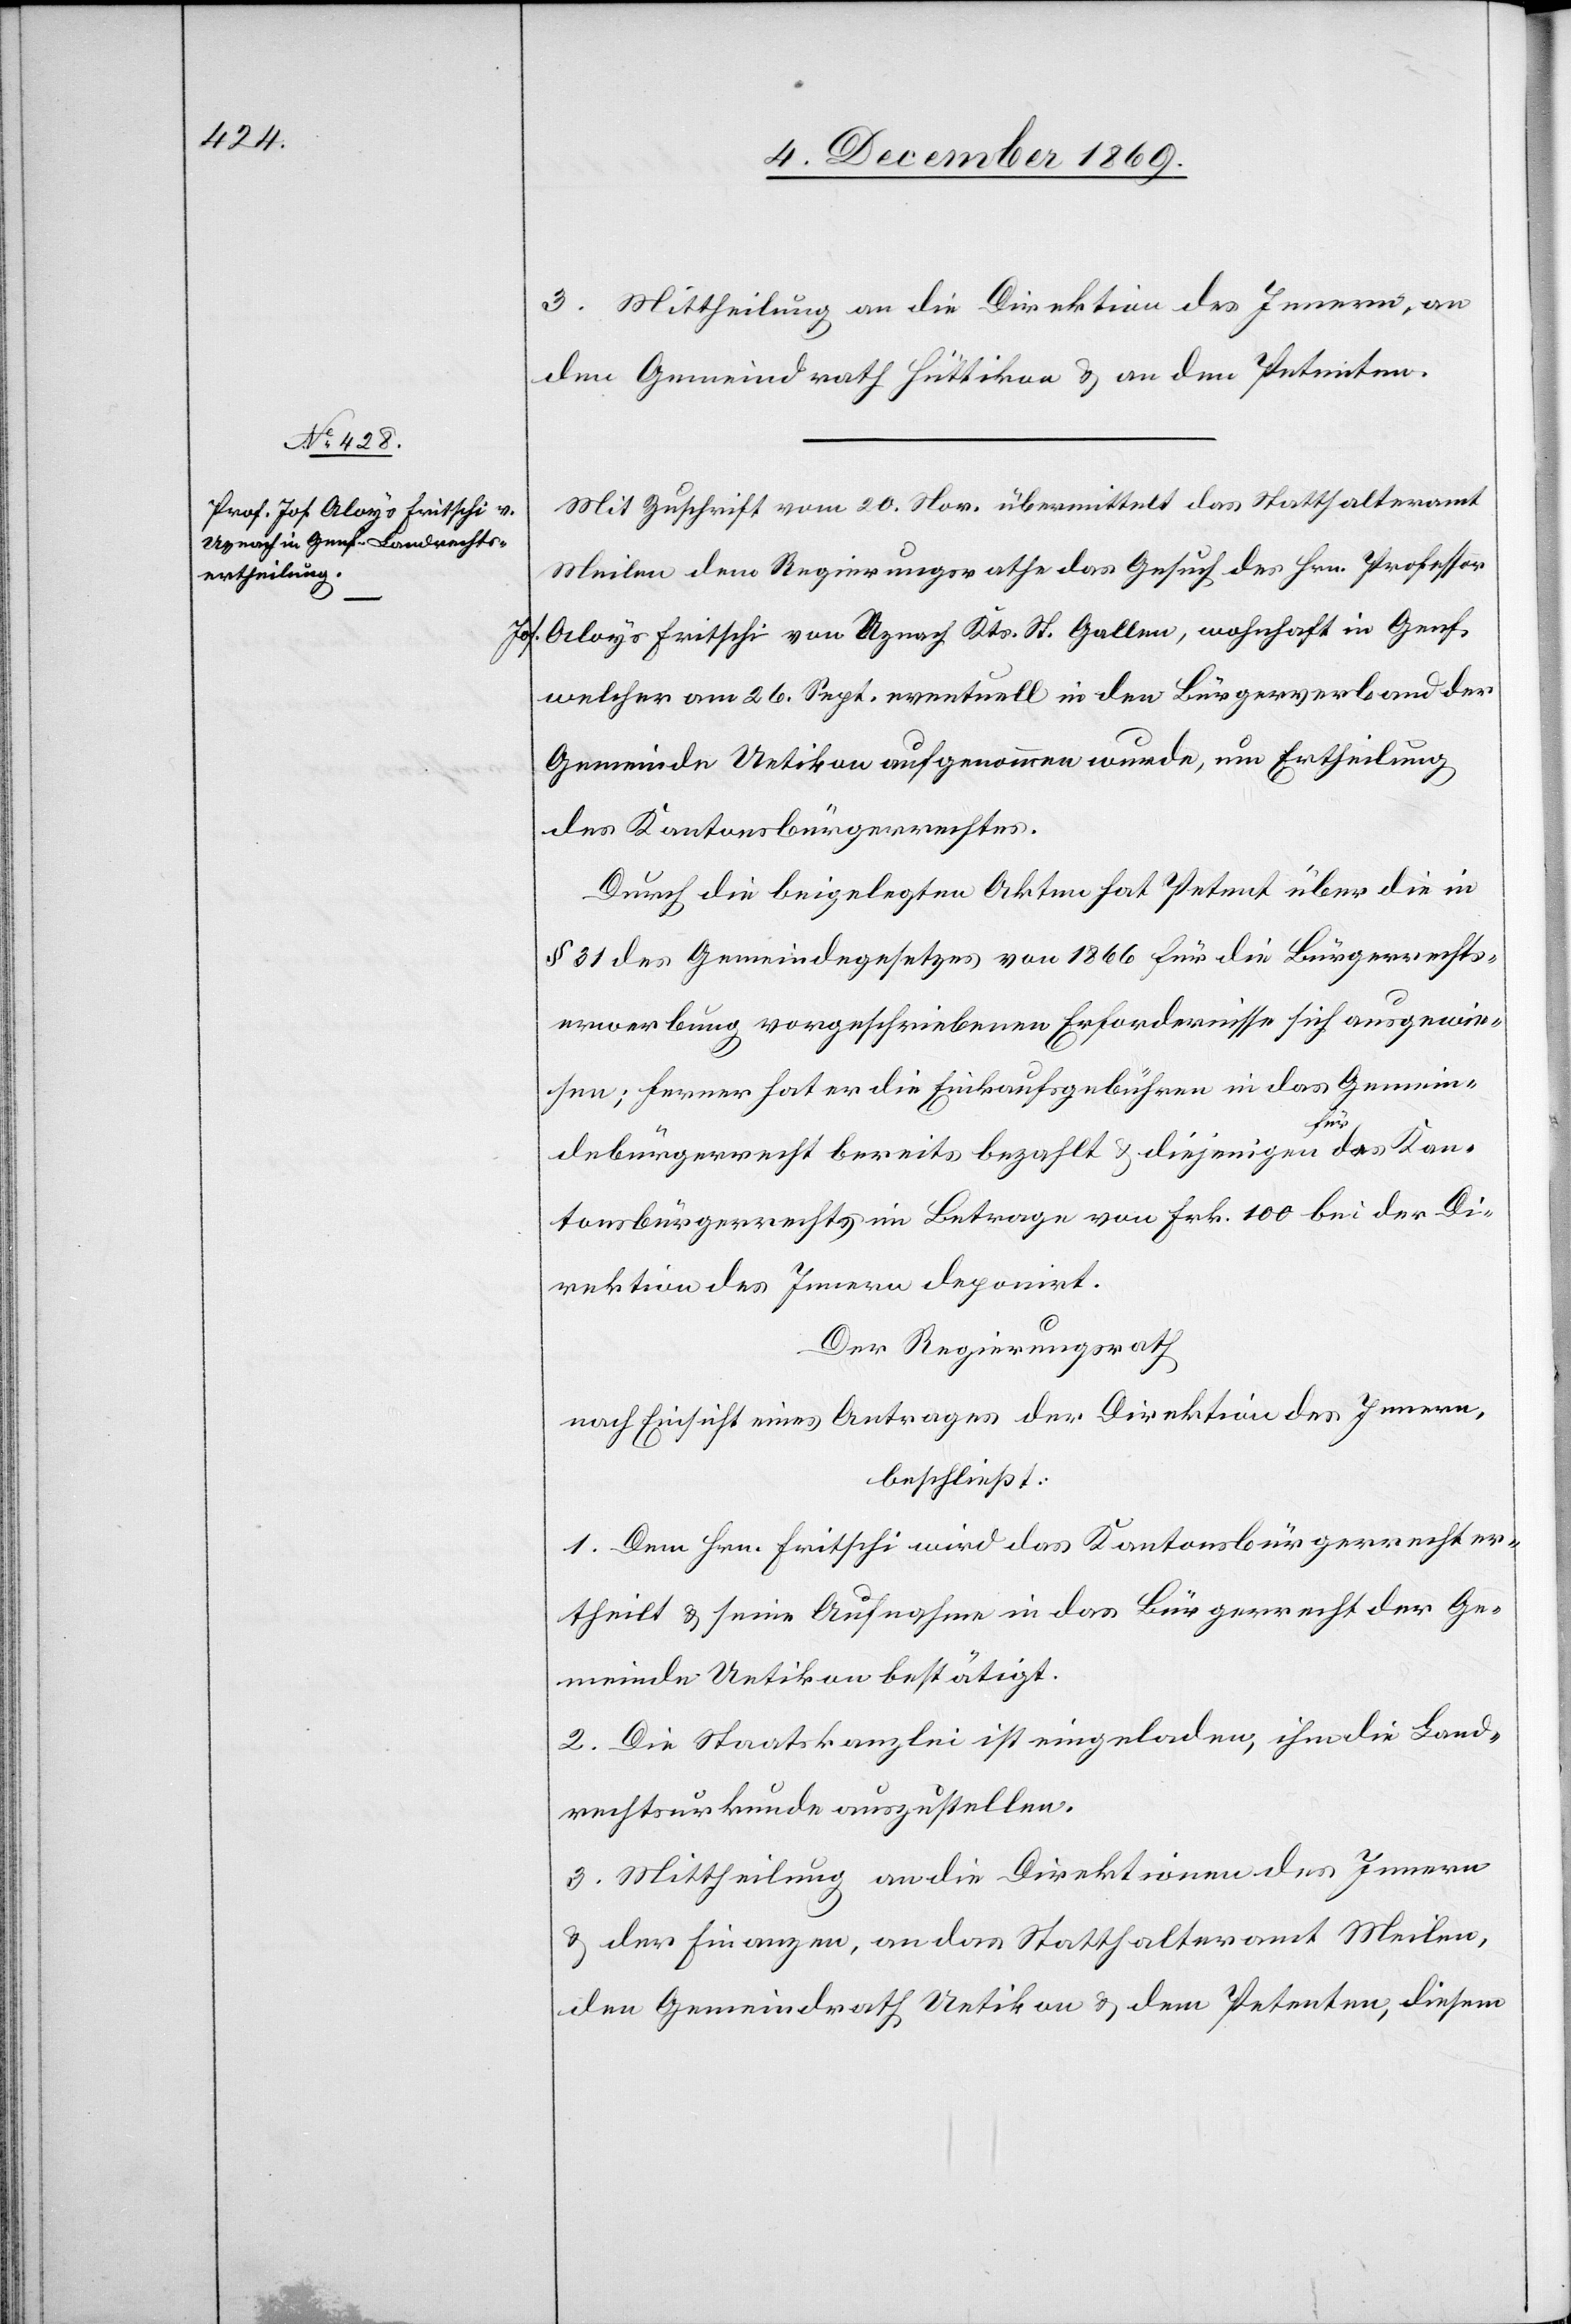
Jos.

3. Mittheilung an die Direktion des Innern, an
den Gemeindrath Hüttikon & an den Petenten.
Mit Zuschrift vom 20. Nov. übermittelt das Statthalteramt
Meilen dem Regierungsrathe das Gesuch des Hrn. Professor
Aloys Fritschi von Uznach Kts. St. Gallen, wohnhaft in Genf,
welcher am 26. Sept. eventuell in den Bürgerverband der
Gemeinde Uetikon aufgenommen wurde, um Ertheilung
des Kantonsbürgerrechtes.
Durch die beigelegten Akten hat Petent über die in
§ 31 des Gemeindegesetzes von 1866 für die Bürgerrechts¬
erwerbung vorgeschriebenen Erfordernisse sich ausgewie¬
sen; ferner hat er die Einkaufsgebühren in das Gemein¬
debürgerrecht bereits bezahlt & diejenigen für das Kan¬
tonsbürgerrecht im Betrage von Frk. 100 bei der Di¬
rektion des Innern deponirt.
Der Regierungsrath
nach Einsicht eines Antrages der Direktion des Innern,
beschließt:
1. Dem Hrn. Fritschi wird das Kantonsbürgerrecht er¬
theilt & seine Aufnahme in das Bürgerrecht der Ge¬
meinde Uetikon bestätigt.
2. Die Staatskanzlei ist eingeladen, ihm die Land¬
rechtsurkunde auszustellen.
3. Mittheilung an die Direktionen des Innern
& der Finanzen, an das Statthalteramt Meilen,
den Gemeindrath Uetikon & dem Petenten, diesem